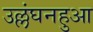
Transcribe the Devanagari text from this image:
उल्लंघनहुआ